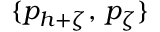
\{ p _ { h + \zeta } , \, p _ { \zeta } \}